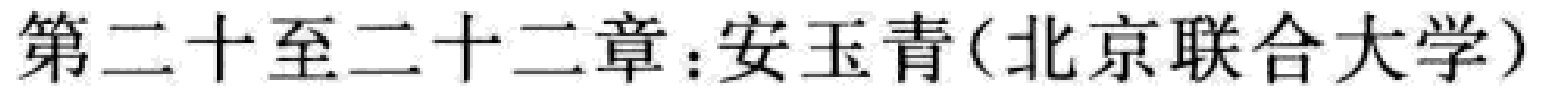
第二十至二十二章：安玉青(北京联合大学)